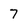
Character: 7